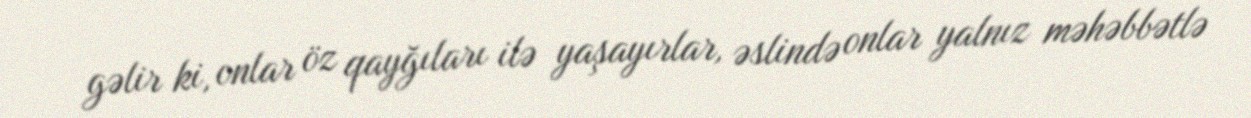
gəlir ki, onlar öz qayğıları ilə yaşayırlar, əslində onlar yalnız məhəbbətlə